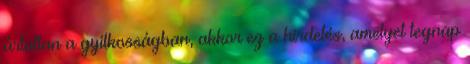
ártatlan a gyilkosságban, akkor ez a hirdetés, amelyet tegnap